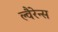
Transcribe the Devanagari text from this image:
ल्वैरेन्स